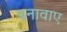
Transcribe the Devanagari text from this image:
बनावाए